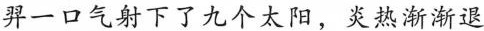
羿一口气射下了九个太阳，炎热渐渐退